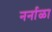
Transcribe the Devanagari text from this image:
नर्नाळा